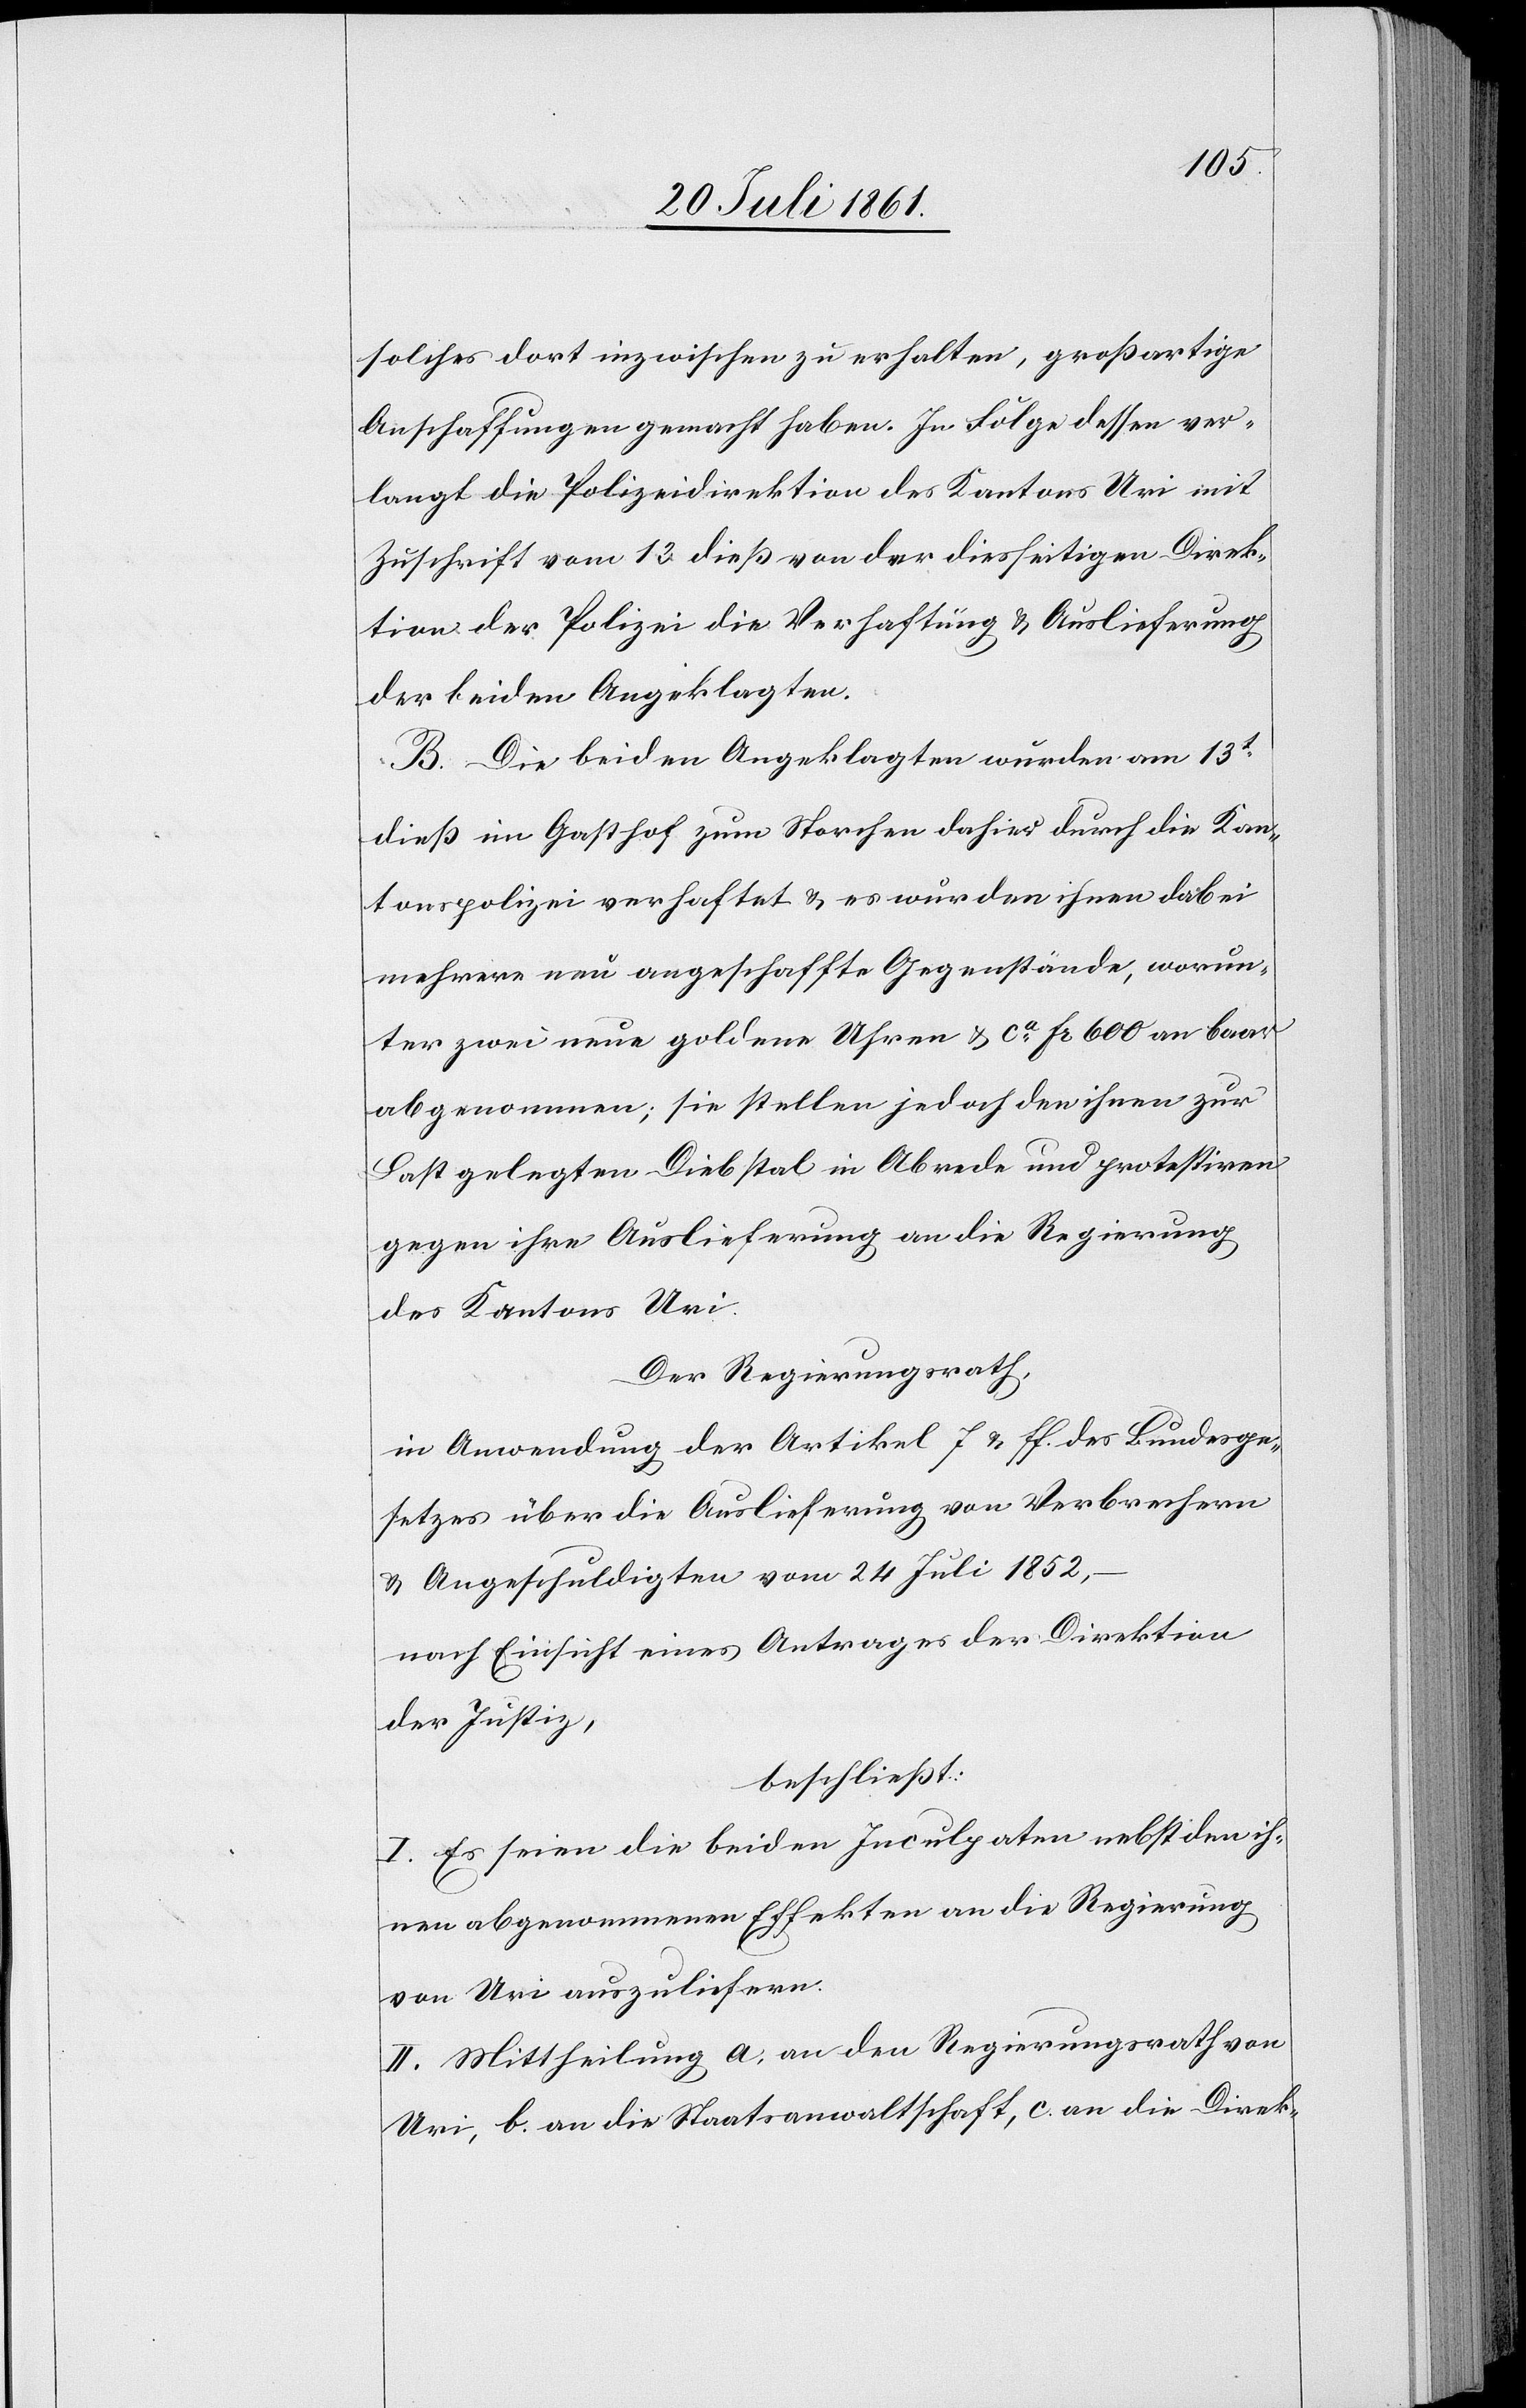
solches dort inzwischen zu erhalten, großartige
Anschaffungen gemacht haben. In Folge dessen ver¬
langt die Polizeidirektion des Kantons Uri mit
Zuschrift vom 13 dieß von der diesseitigen Direk¬
tion der Polizei die Verhaftung u. Auslieferung
der beiden Angeklagten.
B. Die beiden Angeklagten wurden am 13t
dieß im Gasthof zum Storchen dahier durch die Kan¬
tonspolizei verhaftet u. es wurden ihnen dabei
mehrere neu angeschaffte Gegenstände, worun¬
ter zwei neue goldene Uhren u. ca Fr 600 an baar
abgenommen; sie stellen jedoch den ihnen zur
Last gelegten Diebstal in Abrede und protestirten
gegen ihre Auslieferung an die Regierung
des Kanton Uri.
Der Regierungsrath,
in Anwendung der Artikel 7 u. ff. des Bundesge¬
setzes über die Auslieferung von Verbrechern
u. Angeschuldigten vom 24 Juli 1852,
nach Einsicht eines Antrages der Direktion
der Justiz,
beschließt:
I. Es seien die beiden Inculpaten nebst den ih¬
nen abgenommenen Effekten an die Regierung
von Uri auszuliefern.
II. Mittheilung a, an den Regierungsrath von
Uri, b. an die Staatsanwaltschaft, c. an die Direk-